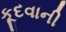
કૂદવાની